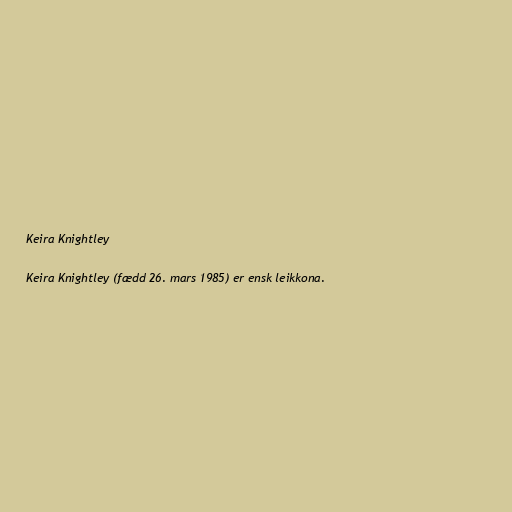
Keira Knightley

Keira Knightley (fædd 26. mars 1985) er ensk leikkona.